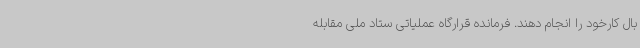
بال کارخود را انجام دهند. فرمانده قرارگاه عملیاتی ستاد ملی مقابله